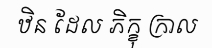
ឋិន ដែល ភិក្ខុ ក្រាល